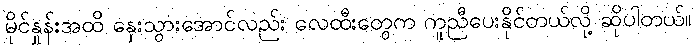
မိုင်နှုန်းအထိ နှေးသွားအောင်လည်း လေထီးတွေက ကူညီပေးနိုင်တယ်လို့ ဆိုပါတယ်။